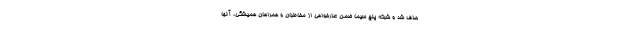
حذف شد و شبکه پنج سیما ضمن عذرخواهی از مخاطبان و همراهان همیشگی، آنها